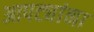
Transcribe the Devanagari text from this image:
आपट्यांना